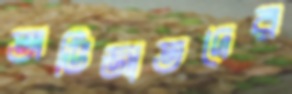
অভিজাতদের